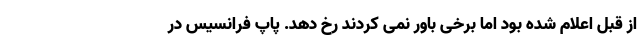
از قبل اعلام شده بود اما برخی باور نمی کردند رخ دهد. پاپ فرانسیس در